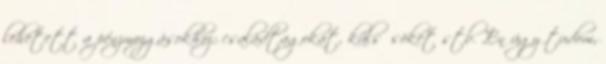
lehetett a pénzmozgásokhoz: családtagokat, külsősöket stb. „Én úgy tudom,